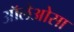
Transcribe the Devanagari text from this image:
ऑलेओसा